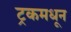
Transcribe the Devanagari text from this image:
ट्रकमधून